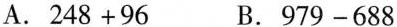
A.$$248+96$$ B.$$979-688$$